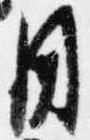
用